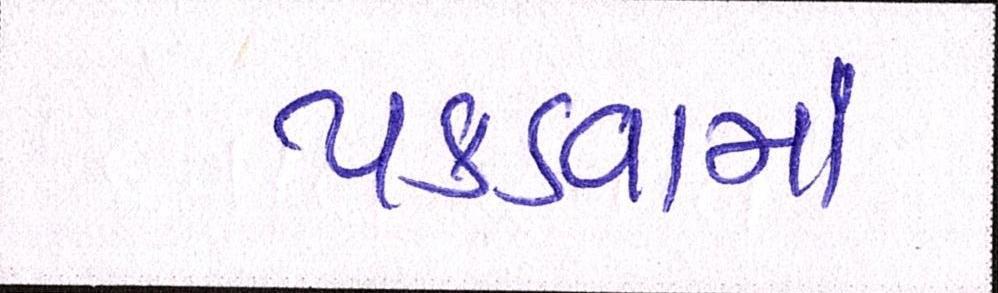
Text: પકડવામાં